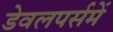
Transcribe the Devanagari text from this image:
डेवलपर्समें